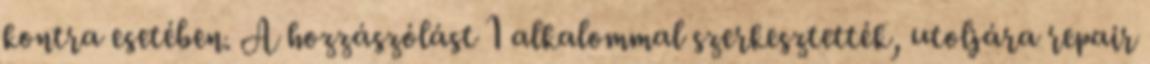
kontra esetében. A hozzászólást 1 alkalommal szerkesztették, utoljára repair